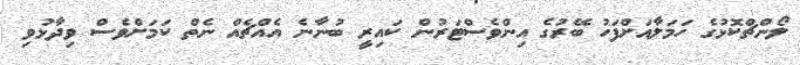
ލޯންޗްކޮޅުގެ ހަމަލާއަށްފަހު ބޭރުގެ އިންވެސްޓަރުން ކައިރީ ބުނާނެ އެއްޗެއް ނެތް ކަމަށްވެސް ވިދާޅުވި